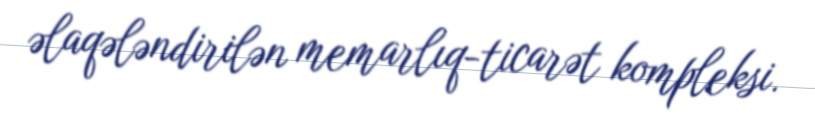
əlaqələndirilən memarlıq-ticarət kompleksi.